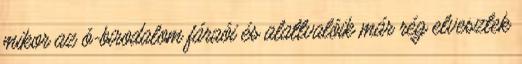
mikor az ó-birodalom fáraói és alattvalóik már rég elvesztek